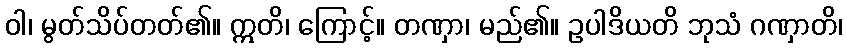
ဝါ၊ မွတ်သိပ်တတ်၏။ ဣတိ၊ ကြောင့်။ တဏှာ၊ မည်၏။ ဥပါဒိယတိ ဘုသံ ဂဏှာတိ၊